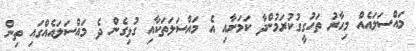
މައްސަލައެއް މިހާރު ތަހުގީގުކުރަމުންދާ ކަމަށާއި އެ މައްސަލަތަކާއި ގުޅިގެން ދެ މައްސަލައެއްގައި ތިން